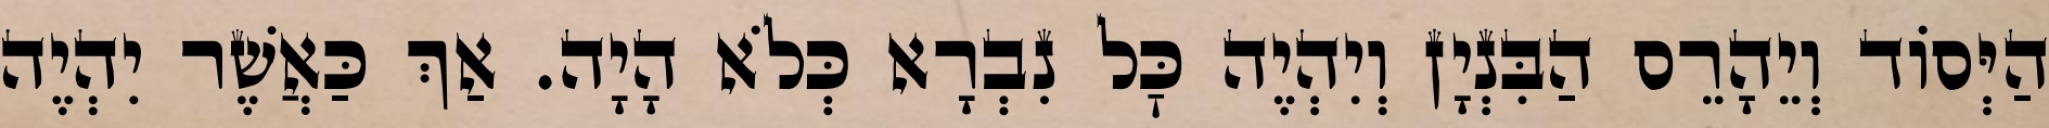
הַיְּסוֹד וְיֵהָרֵס הַבִּנְיָן וְיִהְיֶה כׇּל נִבְרָא כְּלֹא הָיָה. אַךְ כַּאֲשֶׁר יִהְיֶה